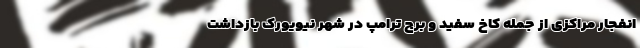
انفجار مراکزی از جمله کاخ سفید و برج ترامپ در شهر نیویورک بازداشت